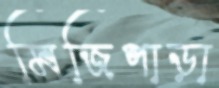
মিজিপাড়া